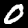
Digit: 0